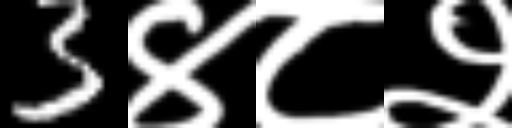
Text: 3४८२